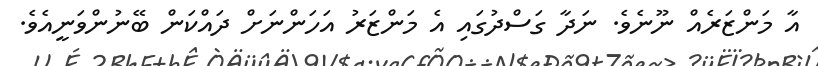
އާ މަންޒަރެއް ނޫނެވެ. ނަދާ ގަސްދުގައި އެ މަންޒަރު އަހަންނަށް ދައްކަން ބޭނުންވަނީއެވެ.